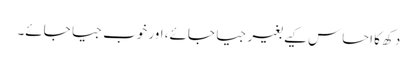
دکھ کا احساس کیے بغیر جیا جائے، اور خوب جیا جائے۔